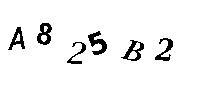
A825B2